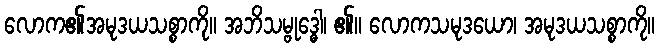
လောက၏အမုဒယသစ္စာကို။ အဘိသမ္ဗုဒ္ဓေါ၊ ၏။ လောကသမုဒယော၊ အမုဒယသစ္စာကို။